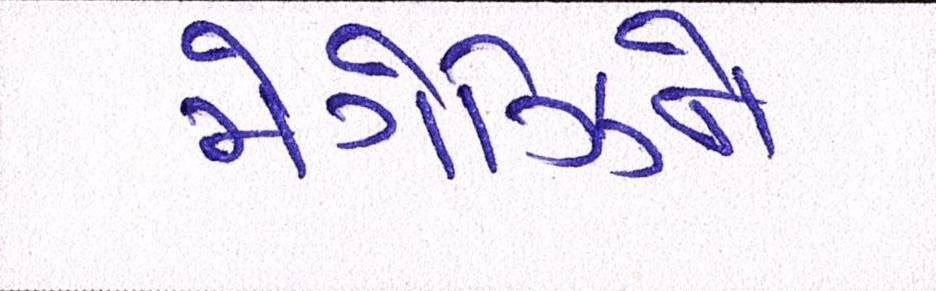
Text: મેગેઝિને